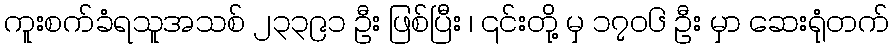
ကူးစက်ခံရသူအသစ် ၂၃၃၉၁ ဦး ဖြစ်ပြီး ၊ ၎င်းတို့ မှ ၁၇၀၆ ဦး မှာ ဆေးရုံတက်